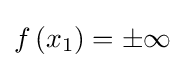
f\left(x_{1}\right)=\pm \infty